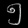
Digit: ၅